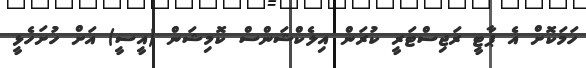
ހަމަކޮށް އެ ޕާޓީ ރަޖިސްޓަރީ ކުރަން އިލެކްޝަންސް ކޮމިޝަން (އީސީ) އަށް ހުށަހެޅީ